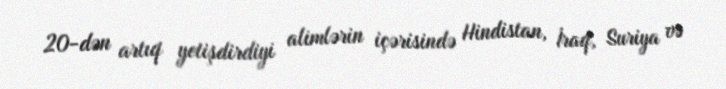
20-dən artıq yetişdirdiyi alimlərin içərisində Hindistan, İraq, Suriya və